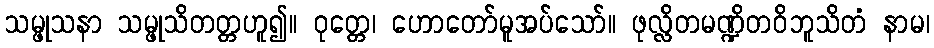
သမ္ဖုသနာ သမ္ဖုသိတတ္တဟူ၍။ ဝုတ္တေ၊ ဟောတော်မူအပ်သော်။ ဖုလ္လိတမဏ္ဍိတဝိဘူသိတံ နာမ၊